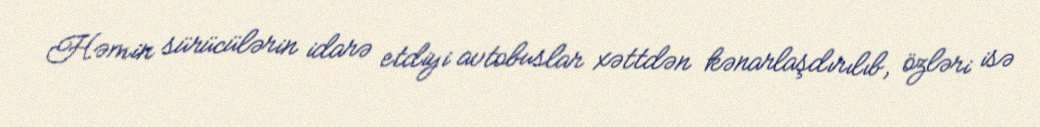
Həmin sürücülərin idarə etdiyi avtobuslar xəttdən kənarlaşdırılıb, özləri isə